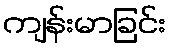
ကျန်းမာခြင်း